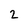
Character: 2